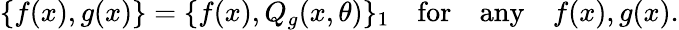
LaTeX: \{ f(x),g(x)\} =\{ f(x),Q_{g}(x,\theta)\} _{1}\quad\mathrm{for}\quad\mathrm{any}\quad f(x),g(x).